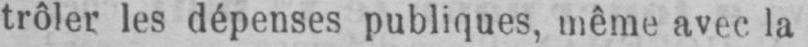
trôler les dépenses publiques, même avec lu